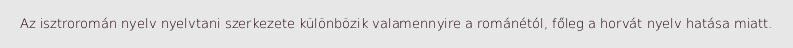
Az isztroromán nyelv nyelvtani szerkezete különbözik valamennyire a románétól, főleg a horvát nyelv hatása miatt.